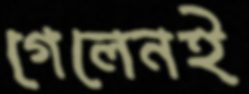
গেলেনই